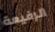
الرفيعة